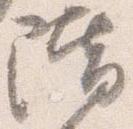
階